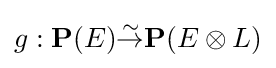
g:\mathbf {P} (E){\overset {\sim }{\to }}\mathbf {P} (E\otimes L)